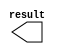
// megafunction wizard: %LPM_CONSTANT%VBB%
// GENERATION: STANDARD
// VERSION: WM1.0
// MODULE: lpm_constant 

// ============================================================
// Megafunction Name(s):
// 			lpm_constant
//
// Simulation Library Files(s):
// 			
// ============================================================
// ************************************************************
// THIS IS A WIZARD-GENERATED FILE. DO NOT EDIT THIS FILE!
//
// 9.0 Build 132 02/25/2009 SJ Web Edition
// ************************************************************

//Copyright (C) 1991-2009 Altera Corporation
//Your use of Altera Corporation's design tools, logic functions 
//and other software and tools, and its AMPP partner logic 
//functions, and any output files from any of the foregoing 
//(including device programming or simulation files), and any 
//associated documentation or information are expressly subject 
//to the terms and conditions of the Altera Program License 
//Subscription Agreement, Altera MegaCore Function License 
//Agreement, or other applicable license agreement, including, 
//without limitation, that your use is for the sole purpose of 
//programming logic devices manufactured by Altera and sold by 
//Altera or its authorized distributors.  Please refer to the 
//applicable agreement for further details.

module all_one_const_32 (
	result)/* synthesis synthesis_clearbox = 1 */;

	output	[31:0]  result;

endmodule

// ============================================================
// CNX file retrieval info
// ============================================================
// Retrieval info: PRIVATE: INTENDED_DEVICE_FAMILY STRING "Stratix II"
// Retrieval info: PRIVATE: JTAG_ENABLED NUMERIC "0"
// Retrieval info: PRIVATE: JTAG_ID STRING "NONE"
// Retrieval info: PRIVATE: Radix NUMERIC "2"
// Retrieval info: PRIVATE: SYNTH_WRAPPER_GEN_POSTFIX STRING "0"
// Retrieval info: PRIVATE: Value NUMERIC "4294967295"
// Retrieval info: PRIVATE: nBit NUMERIC "32"
// Retrieval info: CONSTANT: LPM_CVALUE NUMERIC "4294967295"
// Retrieval info: CONSTANT: LPM_HINT STRING "ENABLE_RUNTIME_MOD=NO"
// Retrieval info: CONSTANT: LPM_TYPE STRING "LPM_CONSTANT"
// Retrieval info: CONSTANT: LPM_WIDTH NUMERIC "32"
// Retrieval info: USED_PORT: result 0 0 32 0 OUTPUT NODEFVAL result[31..0]
// Retrieval info: CONNECT: result 0 0 32 0 @result 0 0 32 0
// Retrieval info: LIBRARY: lpm lpm.lpm_components.all
// Retrieval info: GEN_FILE: TYPE_NORMAL all_one_const_32.v TRUE
// Retrieval info: GEN_FILE: TYPE_NORMAL all_one_const_32.inc TRUE
// Retrieval info: GEN_FILE: TYPE_NORMAL all_one_const_32.cmp FALSE
// Retrieval info: GEN_FILE: TYPE_NORMAL all_one_const_32.bsf TRUE FALSE
// Retrieval info: GEN_FILE: TYPE_NORMAL all_one_const_32_inst.v FALSE
// Retrieval info: GEN_FILE: TYPE_NORMAL all_one_const_32_bb.v TRUE